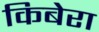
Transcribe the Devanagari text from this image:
किबेरा